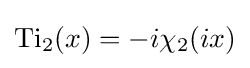
\operatorname {Ti} _{2}(x)=-i\chi _{2}(ix)